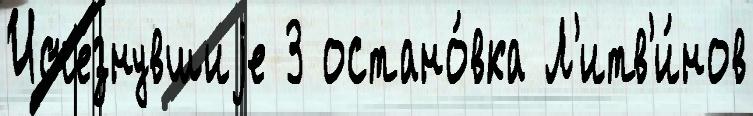
Исче́знувшиjе 3 остано́вка Л'итв'и́нов